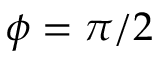
\phi = \pi / 2